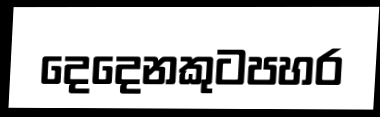
දෙදෙනකුටපහර